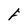
Character: F